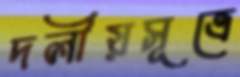
দলীয়সূত্রে